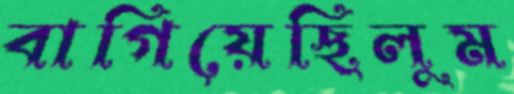
বাগিয়েছিলুম